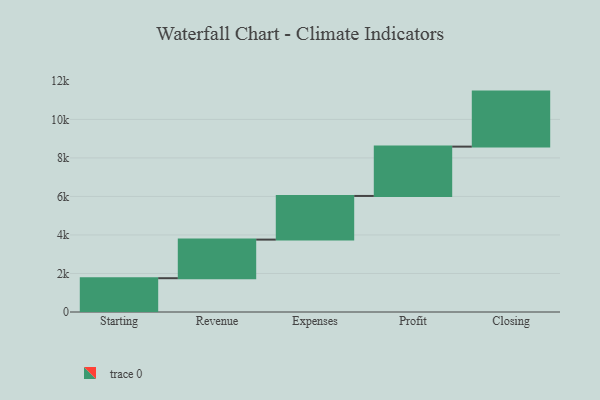
{"axis": {"x": "Step", "y": "Value"}, "legend": [""], "data": [{"x": "Starting", "y": 1755.0, "type": ""}, {"x": "Revenue", "y": 2004.0, "type": ""}, {"x": "Expenses", "y": 2267.0, "type": ""}, {"x": "Profit", "y": 2561.0, "type": ""}, {"x": "Closing", "y": 2857.0, "type": ""}]}